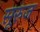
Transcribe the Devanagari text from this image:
सूरुज